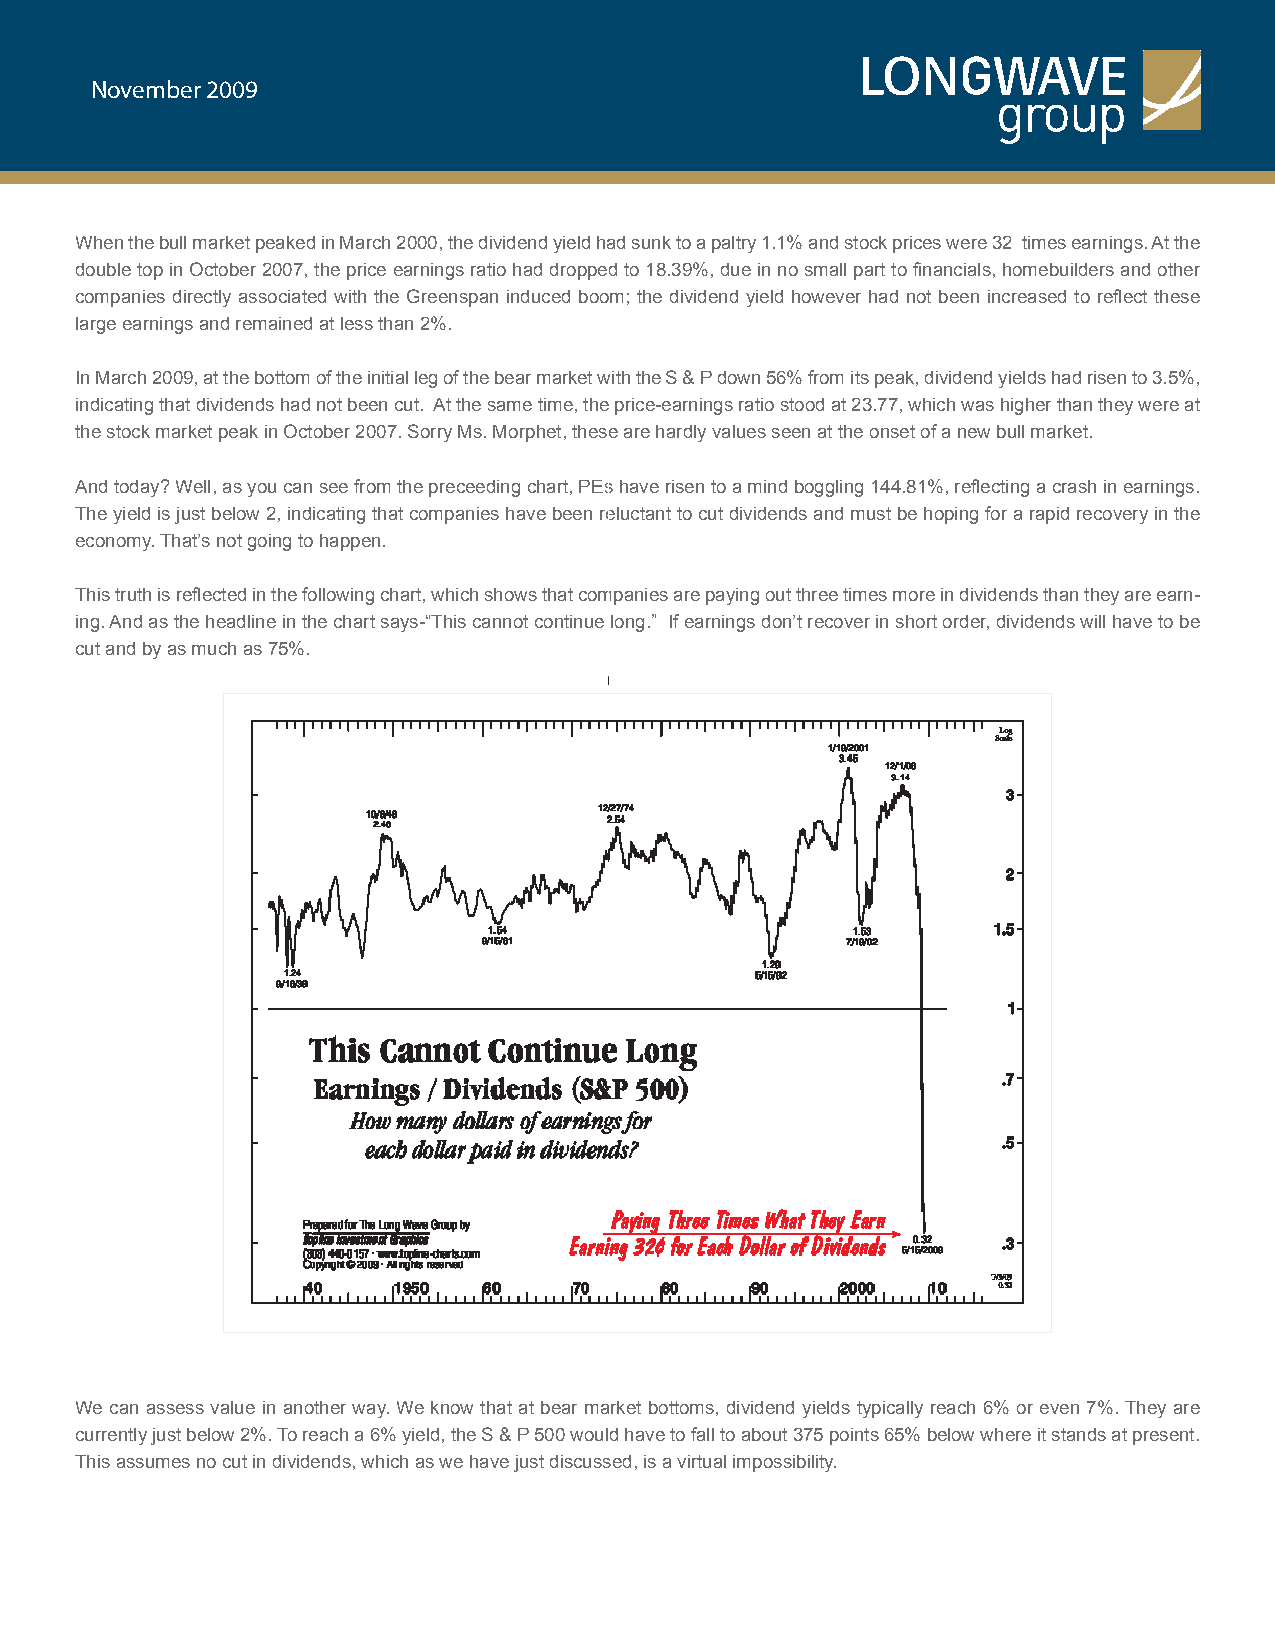
November 2009
 When the bull market peaked in March 2000, the dividend yield had sunk to a paltry 1.1% and stock prices were 32 times earnings. At the
 double top in October 2007, the price earnings ratio had dropped to 18.39%, due in no small part to financials, homebuilders and other
 companies directly associated with the Greenspan induced boom; the dividend yield however had not been increased to reflect these
 large earnings and remained at less than 2%.
 In March 2009, at the bottom of the initial leg of the bear market with the S & P down 56% from its peak, dividend yields had risen to 3.5%,
 indicating that dividends had not been cut. At the same time, the price-earnings ratio stood at 23.77, which was higher than they were at
 the stock market peak in October 2007. Sorry Ms. Morphet, these are hardly values seen at the onset of a new bull market.
 And today? Well, as you can see from the preceeding chart, PEs have risen to a mind boggling 144.81%, reflecting a crash in earnings.
 The yield is just below 2, indicating that companies have been reluctant to cut dividends and must be hoping for a rapid recovery in the
 economy. That’s not going to happen.
 This truth is reflected in the following chart, which shows that companies are paying out three times more in dividends than they are earn-
 ing. And as the headline in the chart says-“This cannot continue long.” If earnings don’t recover in short order, dividends will have to be
 cut and by as much as 75%.
 We can assess value in another way. We know that at bear market bottoms, dividend yields typically reach 6% or even 7%. They are
 currently just below 2%. To reach a 6% yield, the S & P 500 would have to fall to about 375 points 65% below where it stands at present.
 This assumes no cut in dividends, which as we have just discussed, is a virtual impossibility.